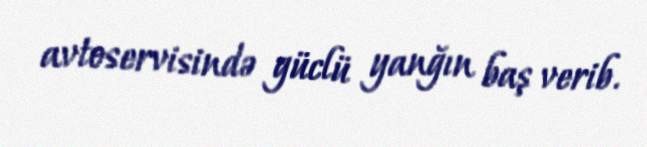
avtoservisində güclü yanğın baş verib.